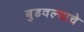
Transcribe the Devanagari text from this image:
बुडवल्याचे